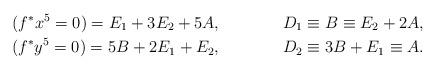
LaTeX: \begin{align*}(f^* x^5=0) = E_1 + 3E_2 +5A, & & D_1 \equiv B \equiv E_2 + 2A, \\ (f^* y^5=0) = 5B + 2E_1 + E_2, & & D_2 \equiv 3B + E_1 \equiv A. \end{align*}